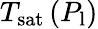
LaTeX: T_{\mathrm{sat}}\left(P_{\mathrm{l}}\right)